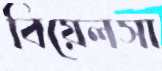
বিয়েলসা